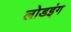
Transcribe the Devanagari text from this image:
लोडइंग